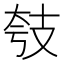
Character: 𱡗